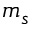
m _ { s }